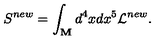
S ^ { n e w } = \int _ { \bf M } d ^ { 4 } x d x ^ { 5 } { \cal L } ^ { n e w } .